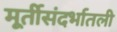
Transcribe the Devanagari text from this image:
मूर्तीसंदर्भातली